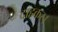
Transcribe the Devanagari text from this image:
दाहकर।